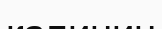
калинин